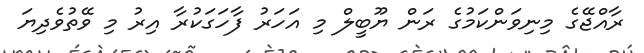
ރާއްޖޭގެ މިނިވަންކަމުގެ ރަން ޔޫބީލް މި އަހަރު ފާހަގަކުރާ އިރު މި ވޭތުވެދިޔަ